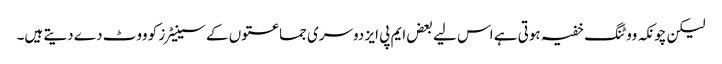
لیکن چونکہ ووٹنگ خفیہ ہوتی ہے اس لیے بعض ایم پی ایز دوسری جماعتوں کے سینیٹرز کو ووٹ دے دیتے ہیں۔